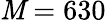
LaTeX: \mathit{M}=630